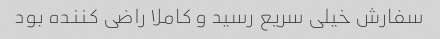
سفارش خیلی سریع رسید و کاملا راضی کننده بود